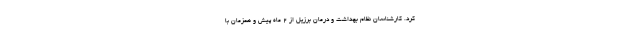
کرد. کارشناسان نظام بهداشت و درمان برزیل از 2 ماه پیش و همزمان با